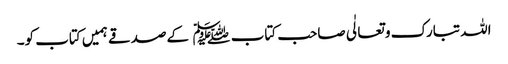
اللہ تبارک و تعالٰی صاحب کتاب﷑ کےصدقے ہمیں کتاب کو۔